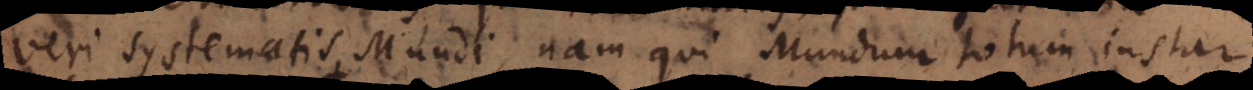
veri systematis Mundi, nam qui Mundum totum instar